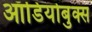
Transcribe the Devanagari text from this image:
ऑडियोबुक्स